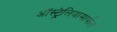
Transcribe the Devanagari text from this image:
ऑस्ट्रेलियामार्फत